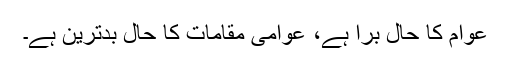
عوام کا حال برا ہے، عوامی مقامات کا حال بدترین ہے۔